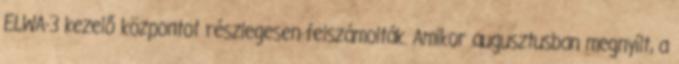
ELWA-3 kezelő központot részlegesen felszámolták. Amikor augusztusban megnyílt, a